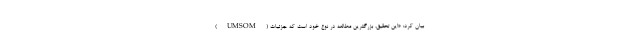
(UMSOM) بیان کرد: «این تحقیق، بزرگترین مطالعه در نوع خود است که جزئیات